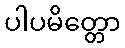
ပါပမိတ္တော